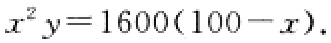
\(x^{2}y = 1600(100 - x)\)